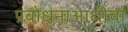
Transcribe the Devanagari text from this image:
प्रबोधनाआधीचा